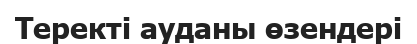
Теректі ауданы өзендері